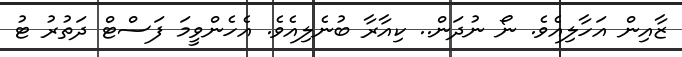
ޒާއިން އަހާލިއެވެ. ނޯ ނުދަން.. ކިއާރާ ބުނެލިއެވެ. އެހެންވީމަ ފަސްޓް ދަތުރު ޓު